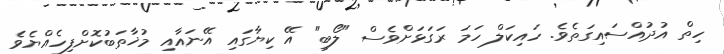
ހިތް އުދުއްސައިގަތެވެ. ހައިކަލް ހަމަ ރަގަޅަށްވެސް "ލޯބި" އޭ ކިޔާގައި އޭނައާއި މުޚާތަބުކޮށްފިހެއްޔެވެ